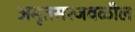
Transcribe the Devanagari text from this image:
अमृतसरजवळील